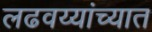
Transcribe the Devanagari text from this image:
लढवय्यांच्यात